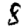
Digit: 8